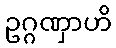
ဥဂ္ဂဏှာဟိ